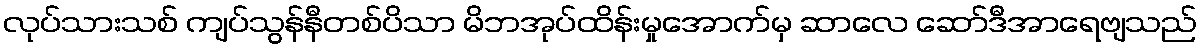
လုပ်သားသစ် ကျပ်သွန်နီတစ်ပိသာ မိဘအုပ်ထိန်းမှုအောက်မှ ဆာလေ ဆော်ဒီအာရေဗျသည်